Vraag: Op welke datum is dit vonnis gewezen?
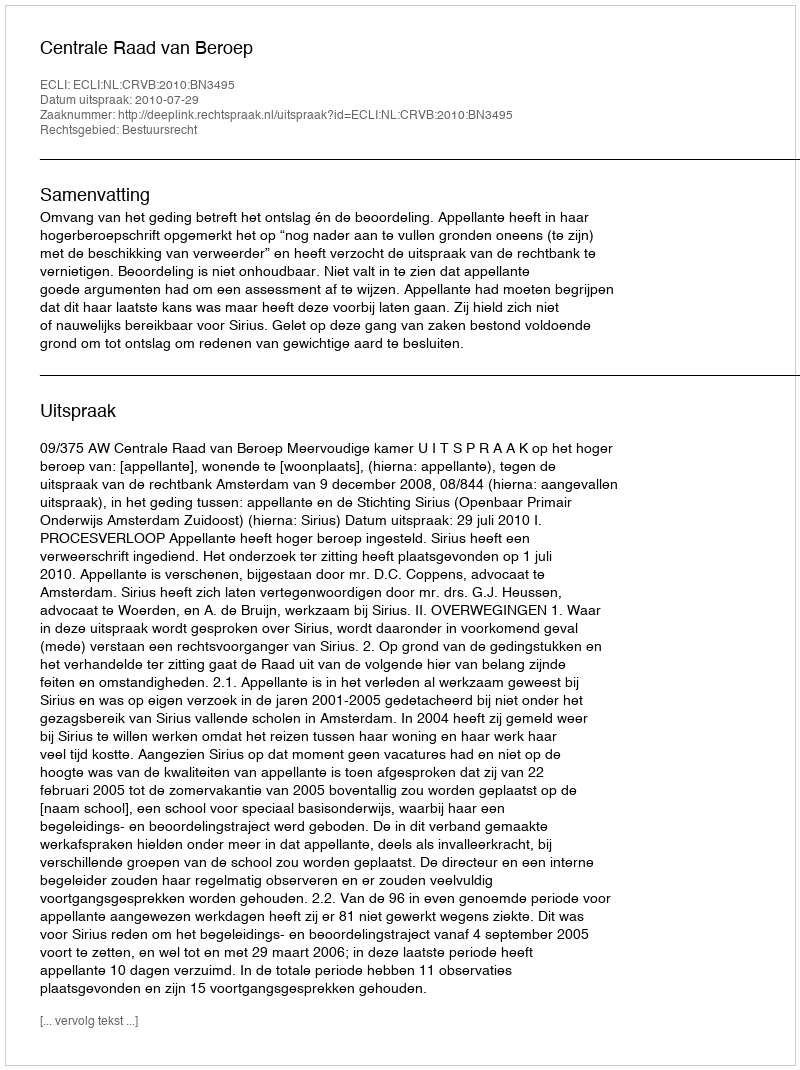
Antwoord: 2010-07-29